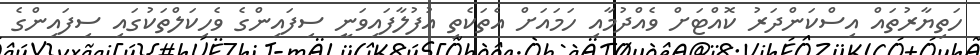
ހަތިޔާރުތައް އިސްކަންދަރު ކޮއްޓަށް ވެއްދުމާއި ހަމައަށް އެތަކެތި އުފުލާފައިވަނީ ސިފައިންގެ ވެހިކަލްތަކުގައި ސިފައިންގެ